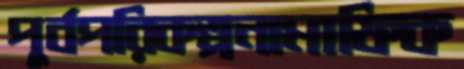
পূর্বপরিকল্পনামাফিক